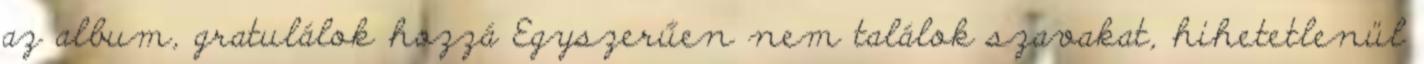
az album, gratulálok hozzá Egyszerűen nem találok szavakat, hihetetlenül